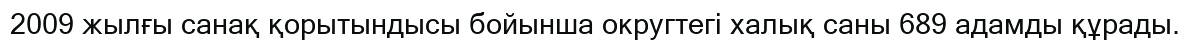
2009 жылғы санақ қорытындысы бойынша округтегі халық саны 689 адамды құрады.